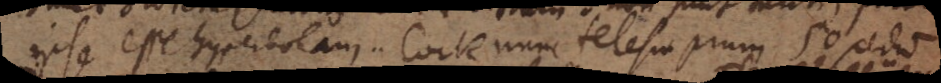
ipse esse hyperbolam. Cock nunc telescopium 50 pedum